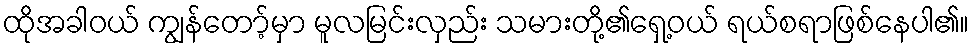
ထိုအခါဝယ် ကျွန်တော့်မှာ မူလမြင်းလှည်း သမားတို့၏ရှေ့ဝယ် ရယ်စရာဖြစ်နေပါ၏။